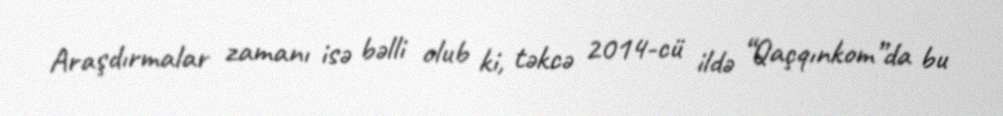
Araşdırmalar zamanı isə bəlli olub ki, təkcə 2014-cü ildə “Qaçqınkom”da bu